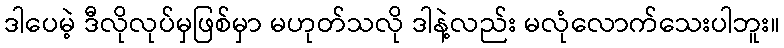
ဒါပေမဲ့ ဒီလိုလုပ်မှဖြစ်မှာ မဟုတ်သလို ဒါနဲ့လည်း မလုံလောက်သေးပါဘူး။